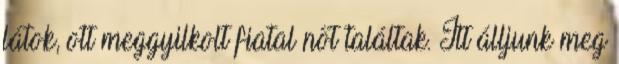
látok, ott meggyilkolt fiatal nőt találtak. Itt álljunk meg